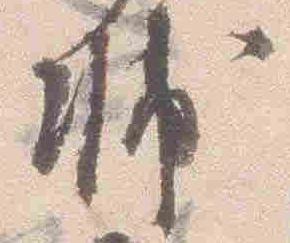
輔